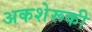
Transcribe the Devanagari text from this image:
अकशेरूकी